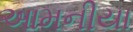
આમનીયા